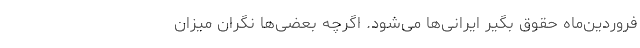
فروردین‌ماه حقوق بگیر ایرانی‌ها می‌شود. اگرچه بعضی‌ها نگران میزان